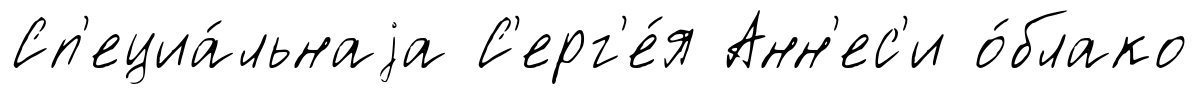
Сп'ециа́льнаjа С'ерг'е́я Анн'ес'и о́блако